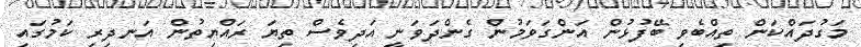
މަގުދައްކަން ތިއްބެވި ބޭފުޅުން އަންގަވަމުން ގެންދަވަނީ އަދިވެސް ތިޔަ ރައްޔިތުން އަނދިރި ކަމުގައި